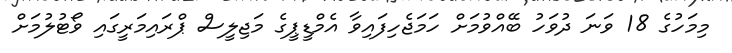
މިމަހުގެ 18 ވަނަ ދުވަހު ބޭއްވުމަށް ހަމަޖެހިފައިވާ އެމްޑީޕީގެ މަޖިލީސް ޕްރައިމަރީގައި ވޯޓުލުމަށް